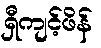
ရှီကျင့်ဖိန်